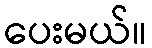
ပေးမယ်။